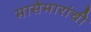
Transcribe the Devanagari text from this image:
मासेमारांची